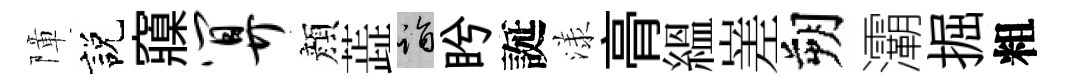
障説䆿算顔蕋诣盻誕漾𮌔緼嵳朔灞掘粗